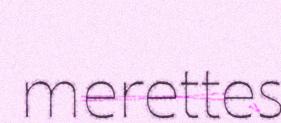
merettes